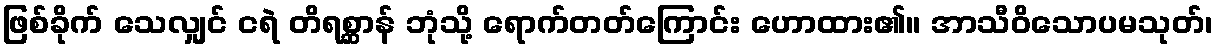
ဖြစ်ခိုက် သေလျှင် ငရဲ တိရစ္ဆာန် ဘုံသို့ ရောက်တတ်ကြောင်း ဟောထား၏။ အာသီဝိသောပမသုတ်၊